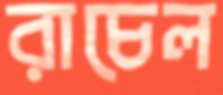
রাচেল